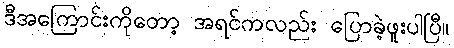
ဒီအကြောင်းကိုတော့ အရင်ကလည်း ပြောခဲ့ဖူးပါပြီ။